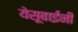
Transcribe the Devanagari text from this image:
येसूबाईंनी